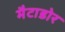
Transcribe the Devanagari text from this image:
मैटाडोर